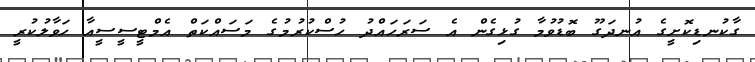
ގާކުނޑިކޮށީގެ އުނދަގޫ ބޮޑުވުމާ ގުޅިގެން އެ ސަރަހައްދު ހުސްކުރުމުގެ މަސައްކަތް އެމްޓީސީސީއާ ހަވާލުކުރީ